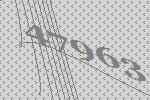
47963